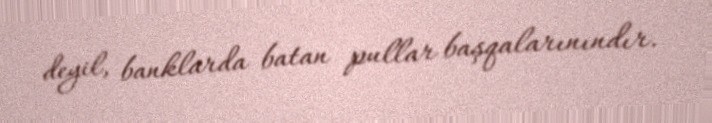
deyil, banklarda batan pullar başqalarınındır.